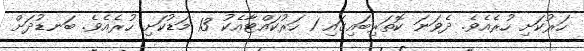
ހަރުކަށި ހުރެއެވެ. ދެވަނަ ކޮތަރިބައިގައި 1 ހަރުކައްޓާއެކު 13 މަޑުކަށި ހުރެއެވެ. ބަނޑުދަށް